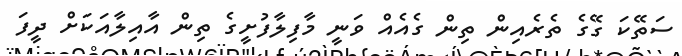
ސަތޭކަ ގޭގެ ތެރެއިން ތިން ގެއެއް ވަނީ މާފިލާފުށީގެ ތިން އާއިލާއަކަށް ދީފަ